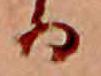
る